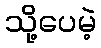
သို့ပေမဲ့